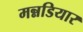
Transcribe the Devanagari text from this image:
मन्नडियार